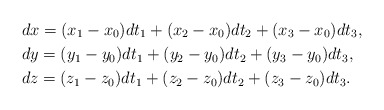
\begin{align*} &dx=(x_1-x_0) dt_1 +(x_2-x_0) dt_2 +(x_3-x_0) dt_3, \\&dy=(y_1-y_0) dt_1 +(y_2-y_0) dt_2 +(y_3-y_0) dt_3, \\&dz=(z_1-z_0) dt_1 +(z_2-z_0) dt_2 +(z_3-z_0) dt_3.\end{align*}